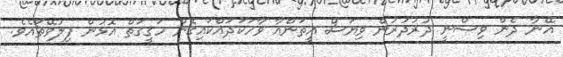
އޭނާ ދެން ވިސްނީ ދުރުދުރުން ވިޔަސް އީތަންއާ ވާހަކަދައްކައިގެން ހަޤީޤަތް އޮޅުން ފިލުވޭތޯއެވެ.